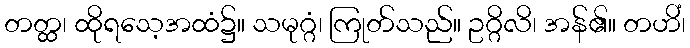
တတ္ထ၊ ထိုရသေ့အထံ၌။ သမုဂ္ဂံ၊ ကြုတ်သည်။ ဥဂ္ဂိလိ၊ အန်၏။ တဟိံ၊